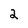
Character: 2